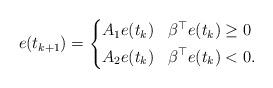
LaTeX: \begin{align*}e(t_{k+1})=\left\{\begin{aligned}&A_{1}e(t_{k}) & & \beta^{\top}e(t_{k})\geq0 \\&A_{2}e(t_{k}) & & \beta^{\top}e(t_{k})<0.\end{aligned}\right.\end{align*}